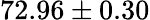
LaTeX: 72.96\pm 0.30